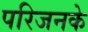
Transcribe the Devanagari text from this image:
परिजनके